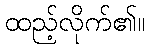
ထည့်လိုက်၏။